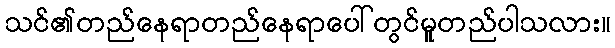
သင်၏တည်နေရာတည်နေရာပေါ်တွင်မူတည်ပါသလား။